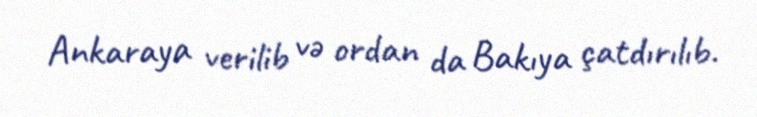
Ankaraya verilib və ordan da Bakıya çatdırılıb.